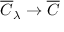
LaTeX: \overline { { { { \cal C } } } } _ { \lambda } \rightarrow \overline { { { { \cal C } } } }